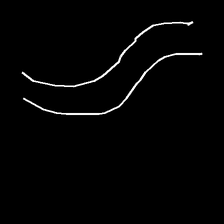
Glyph: float